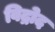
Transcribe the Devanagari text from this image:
विद्रोद